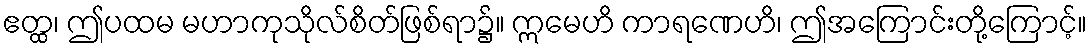
ဧတ္ထ၊ ဤပထမ မဟာကုသိုလ်စိတ်ဖြစ်ရာ၌။ ဣမေဟိ ကာရဏေဟိ၊ ဤအကြောင်းတို့ကြောင့်။